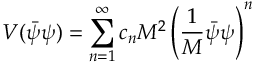
V ( \bar { \psi } \psi ) = \sum _ { n = 1 } ^ { \infty } c _ { n } M ^ { 2 } \left( \frac { 1 } { M } \bar { \psi } \psi \right) ^ { n }